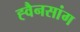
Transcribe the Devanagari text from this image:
ह्वैनसांग